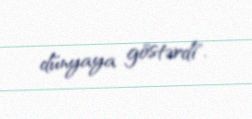
dünyaya göstərdi".